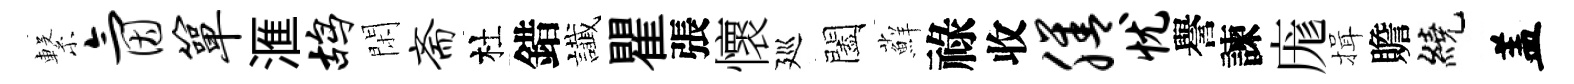
繋氤箪滙鸪閑斋杜錯䜟瞿張懷廵闔蘚祿收膳忧譽諫庬揖贍繞盖